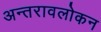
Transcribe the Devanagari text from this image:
अन्तरावलोकन